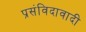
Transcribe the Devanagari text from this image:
प्रसंविदावादी